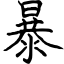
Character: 暴